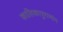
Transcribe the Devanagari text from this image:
कालिकापुराणांन